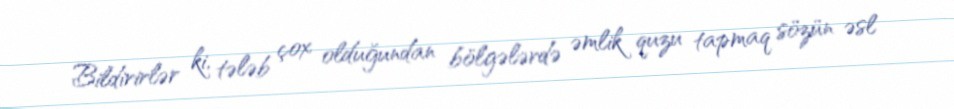
Bildirirlər ki, tələb çox olduğundan bölgələrdə əmlik quzu tapmaq sözün əsl